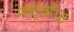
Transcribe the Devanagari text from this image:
मेस्कीट